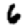
Digit: 6